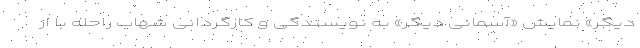
دیگر» نمایش «آسمانی دیگر» به نویسندگی و کارگردانی شهاب راحله با از